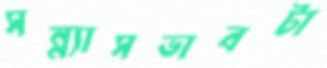
সন্ন্যাসভাবটা